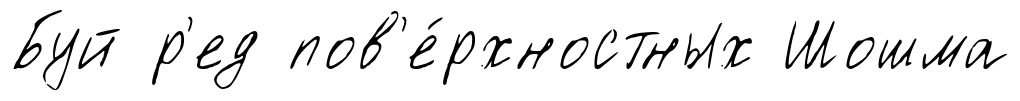
Буй р'ед пов'е́рхностных Шошма